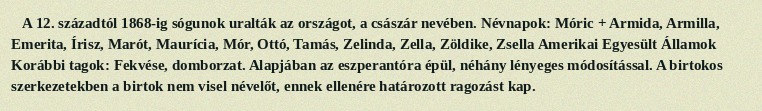
A 12. századtól 1868-ig sógunok uralták az országot, a császár nevében. Névnapok: Móric + Armida, Armilla, Emerita, Írisz, Marót, Maurícia, Mór, Ottó, Tamás, Zelinda, Zella, Zöldike, Zsella Amerikai Egyesült Államok Korábbi tagok: Fekvése, domborzat. Alapjában az eszperantóra épül, néhány lényeges módosítással. A birtokos szerkezetekben a birtok nem visel névelőt, ennek ellenére határozott ragozást kap.